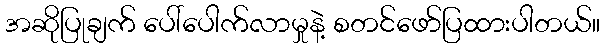
အဆိုပြုချက် ပေါ်ပေါက်လာမှုနဲ့ စတင်ဖော်ပြထားပါတယ်။